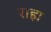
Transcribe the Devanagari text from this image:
राह्म